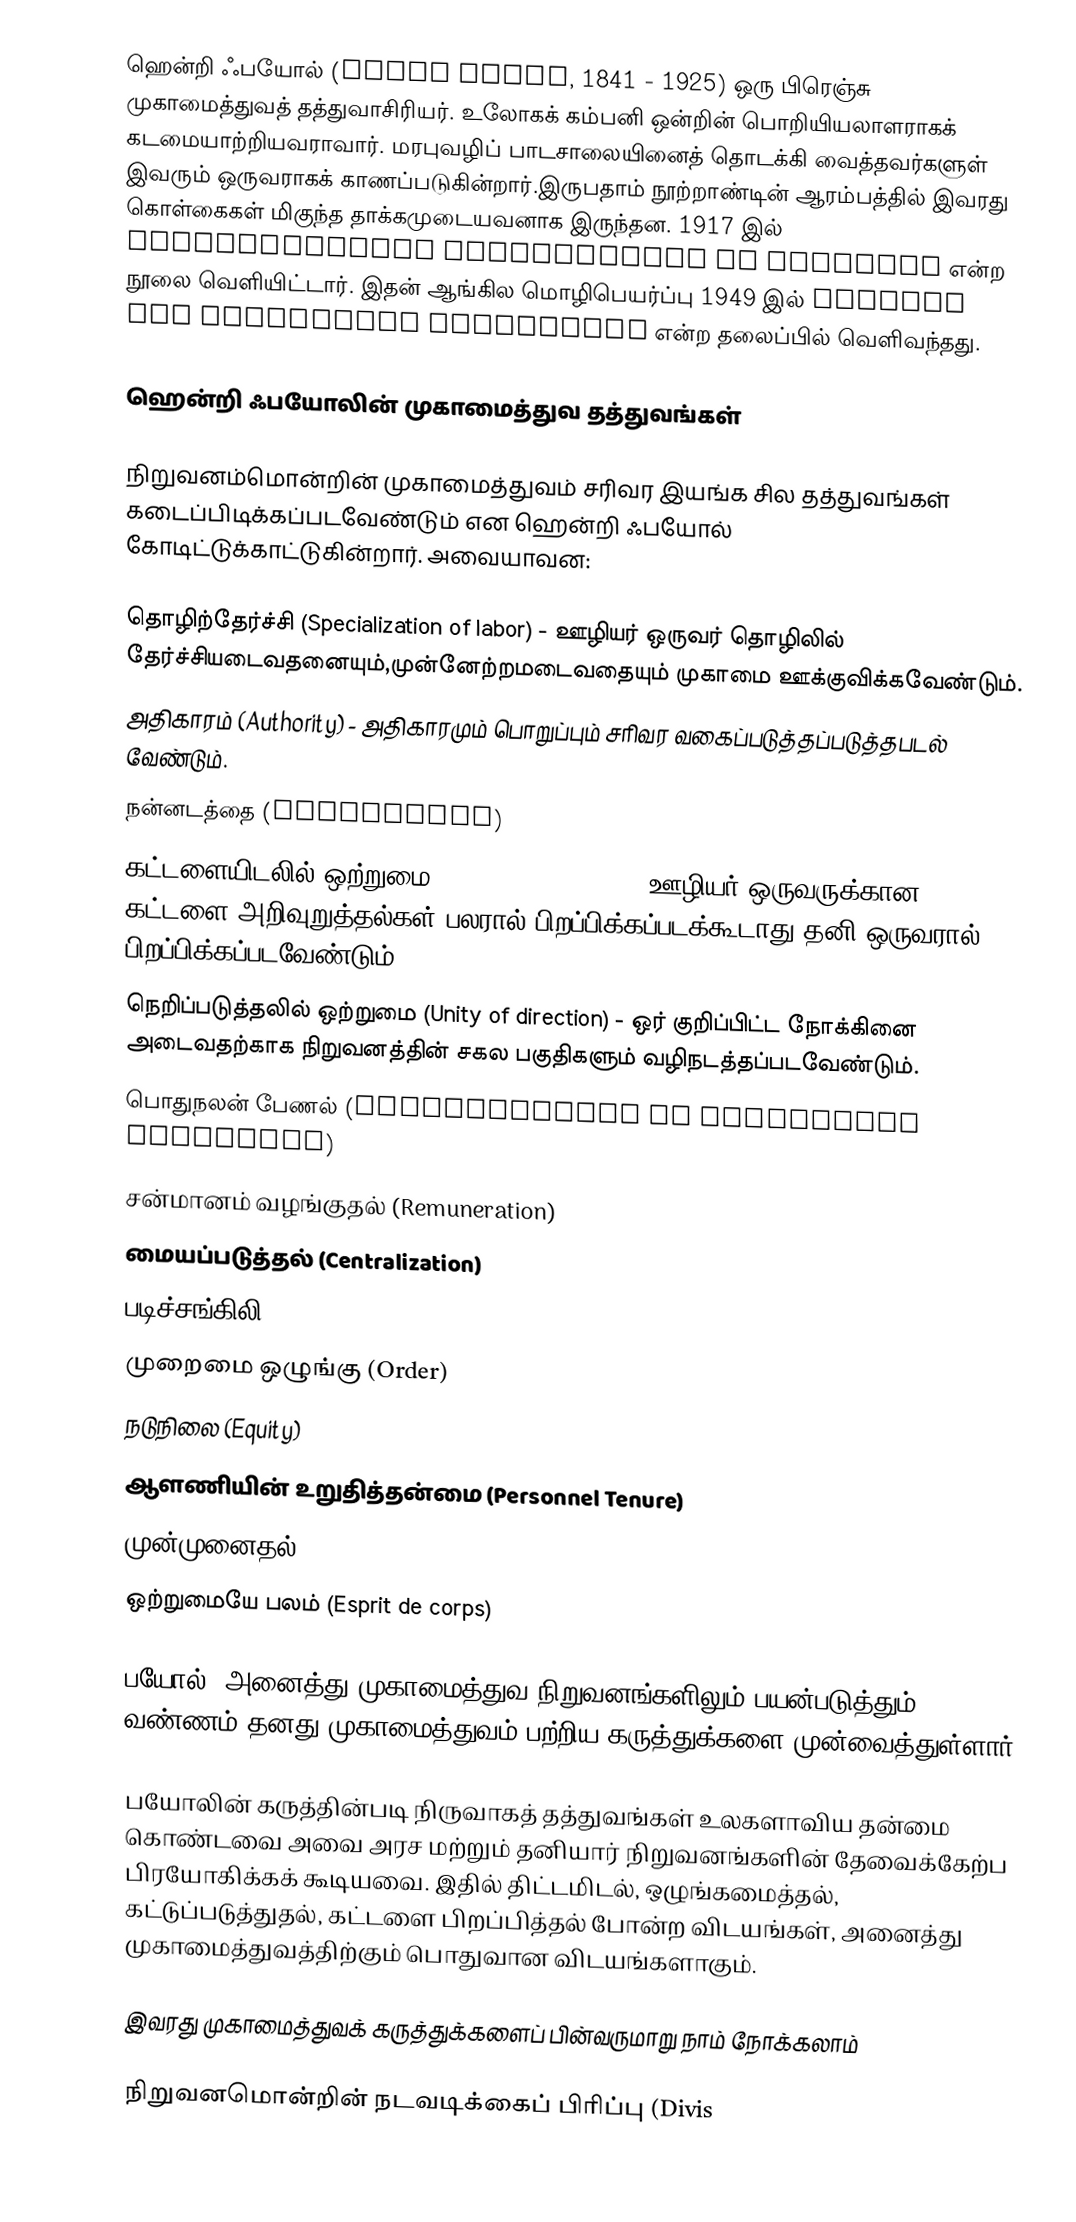
ஹென்றி ஃபயோல் (Henri Fayol, 1841 - 1925) ஒரு பிரெஞ்சு முகாமைத்துவத் தத்துவாசிரியர். உலோகக் கம்பனி ஒன்றின் பொறியியலாளராகக் கடமையாற்றியவராவார். மரபுவழிப் பாடசாலையினைத் தொடக்கி வைத்தவர்களுள் இவரும் ஒருவராகக் காணப்படுகின்றார்.இருபதாம் நூற்றாண்டின் ஆரம்பத்தில் இவரது கொள்கைகள் மிகுந்த தாக்கமுடையவனாக இருந்தன. 1917 இல் Administration industrielle et générale என்ற நூலை வெளியிட்டார். இதன் ஆங்கில மொழிபெயர்ப்பு 1949 இல் General and Industrial Management என்ற தலைப்பில் வெளிவந்தது.

ஹென்றி ஃபயோலின் முகாமைத்துவ தத்துவங்கள்

நிறுவனம்மொன்றின் முகாமைத்துவம் சரிவர இயங்க சில தத்துவங்கள் கடைப்பிடிக்கப்படவேண்டும் என ஹென்றி ஃபயோல் கோடிட்டுக்காட்டுகின்றார். அவையாவன:

 தொழிற்தேர்ச்சி (Specialization of labor) - ஊழியர் ஒருவர் தொழிலில் தேர்ச்சியடைவதனையும்,முன்னேற்றமடைவதையும் முகாமை ஊக்குவிக்கவேண்டும்.
 அதிகாரம் (Authority) - அதிகாரமும் பொறுப்பும் சரிவர வகைப்படுத்தப்படுத்தபடல் வேண்டும்.
 நன்னடத்தை (Discipline)
 கட்டளையிடலில் ஒற்றுமை (Unity of command) - ஊழியர் ஒருவருக்கான கட்டளை/அறிவுறுத்தல்கள் பலரால் பிறப்பிக்கப்படக்கூடாது,தனி ஒருவரால் பிறப்பிக்கப்படவேண்டும்.
 நெறிப்படுத்தலில் ஒற்றுமை (Unity of direction) - ஒர் குறிப்பிட்ட நோக்கினை அடைவதற்காக நிறுவனத்தின் சகல பகுதிகளும் வழிநடத்தப்படவேண்டும்.
 பொதுநலன் பேணல் (Subordination of Individual Interests)
 சன்மானம் வழங்குதல் (Remuneration)
 மையப்படுத்தல் (Centralization)
 படிச்சங்கிலி (Chain of Superiors)
 முறைமை ஒழுங்கு (Order)
 நடுநிலை (Equity)
 ஆளணியின் உறுதித்தன்மை (Personnel Tenure)
 முன்முனைதல் (Initiative)
 ஒற்றுமையே பலம் (Esprit de corps)

பயோல், அனைத்து முகாமைத்துவ நிறுவனங்களிலும் பயன்படுத்தும் வண்ணம் தனது முகாமைத்துவம் பற்றிய கருத்துக்களை முன்வைத்துள்ளார்.

பயோலின் கருத்தின்படி நிருவாகத் தத்துவங்கள் உலகளாவிய தன்மை கொண்டவை அவை அரச மற்றும் தனியார் நிறுவனங்களின் தேவைக்கேற்ப பிரயோகிக்கக் கூடியவை. இதில் திட்டமிடல், ஒழுங்கமைத்தல், கட்டுப்படுத்துதல், கட்டளை பிறப்பித்தல் போன்ற விடயங்கள், அனைத்து முகாமைத்துவத்திற்கும் பொதுவான விடயங்களாகும்.

இவரது முகாமைத்துவக் கருத்துக்களைப் பின்வருமாறு நாம் நோக்கலாம்

நிறுவனமொன்றின் நடவடிக்கைப் பிரிப்பு (Divis